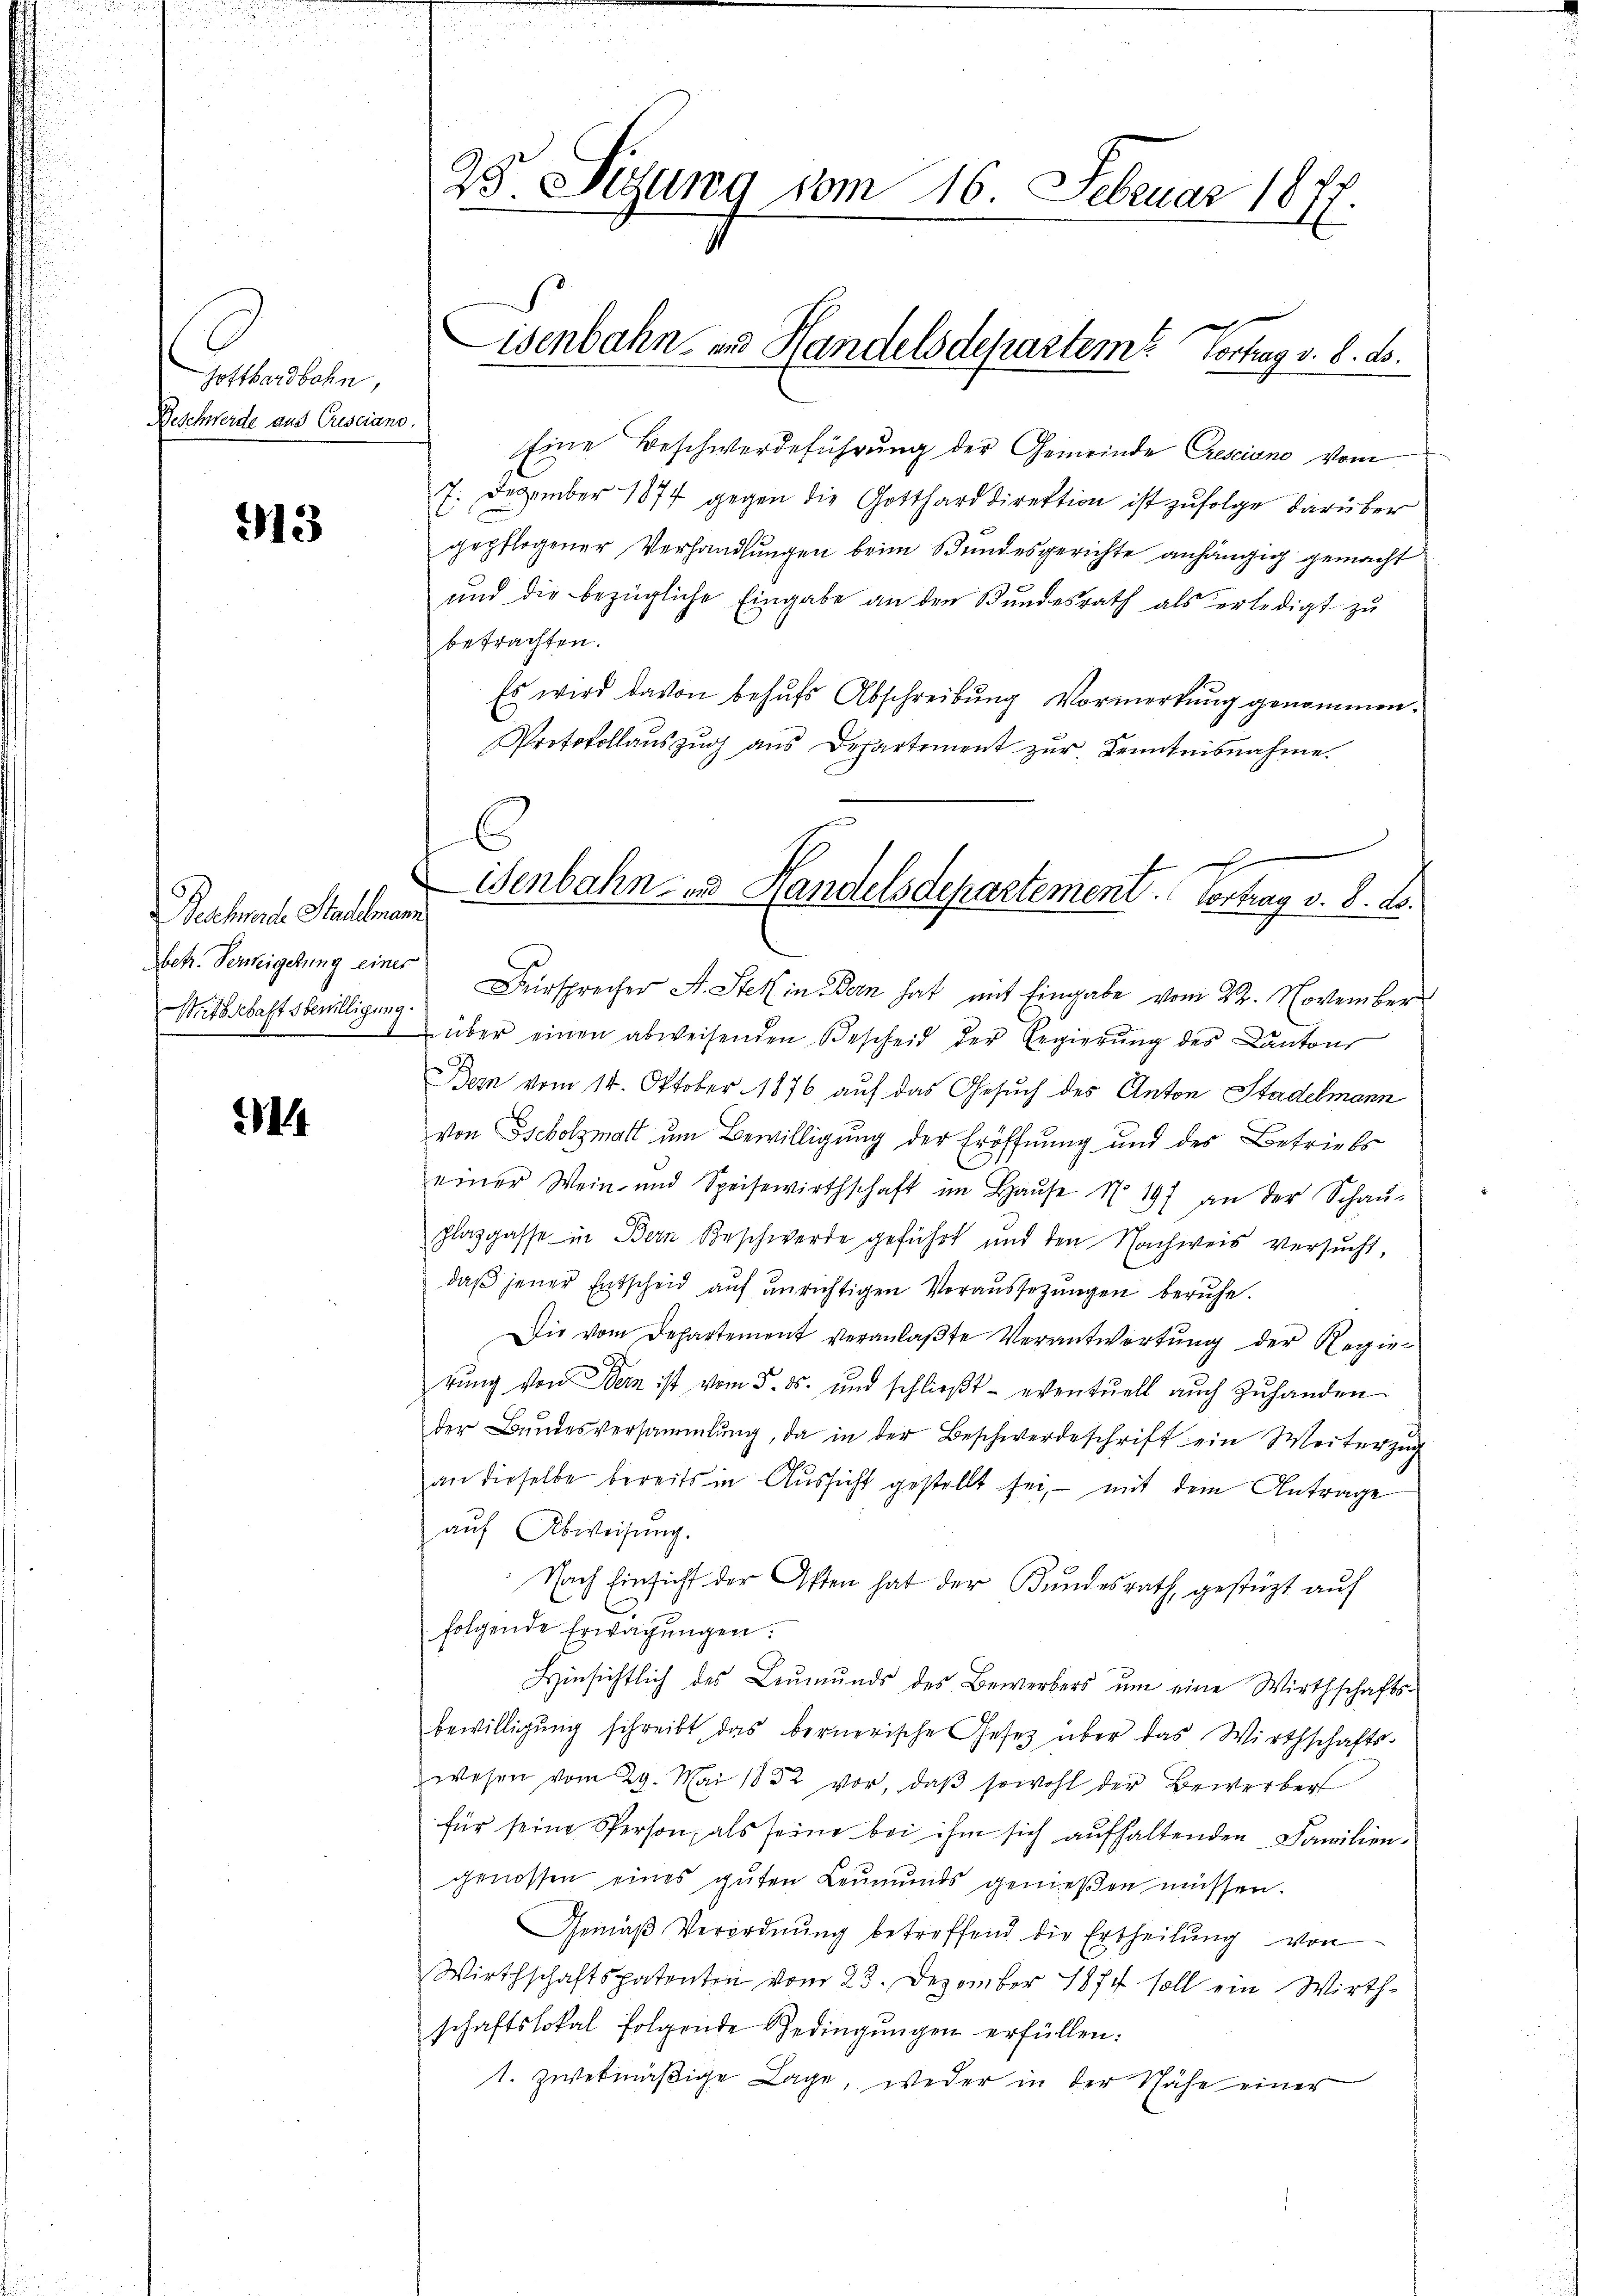
Gotthardbahn,
Geschwerde aus Gusciano.

913

Bethmade Stadelmann
betr. Verweigerung eines
Witschaftsbewilligung.

4

25. Sitzung vom 16. Februar 1877.

Eine Beschwerdeführung der Gemeinde Cresciano vom
7. Dezember 1874 gegen die Gotthard direktion ist zufolge darüber
gepflogener Verhandlungen beim Bundesgerichte anhängig gemacht
und die bezügliche Eingabe an den Bundesrath als erledigt zu
betrachten.
Es wird davon behŭfs Abschreibung Vormerkung genommen.
Protokollauszug aus Departement zur Kenntnisnahme.
Fürsprecher A. Stek in Bern hat mit Eingabe vom 22. November
 über einen abweisenden Bescheid der Regierŭng des Kantons
Bern vom 14. Oktober 1876 auf das Gesuch des Anton Stadelmann
von Tscholzmatt um Bewilligung der Eröffnung und des Betriebs
einer Wein- und Speisewirthschaft im Haŭse No. 197 an der Schaŭ-
plazgasse in Bern Beschwerde geführt und den Nachweis versucht,
daß jener Entscheid auf unrichtigen Voraussetzungen beruhe.
Die vom Departement veranlaßte Verantwortung der Regierŭng von Bern ist vom 5. ds. und schlieβt eventuell auch zŭhanden
der Bŭndesversammlung, da in der Beschwerdeschrift ein Weiterzŭg
an dieselbe bereits in Aussicht gestellt sei, – mit dem Antrage
auf Abweisung.
Nach Einsicht der Osten hat der Bundesrath, gestüzt aŭf
folgende Erwägŭngen.
Hinsichtlich des Leŭmŭnds des Bewerbers ŭm eine Wirthschafts-
bewilligŭng schreibt, das bernerische Gesetz über das Wirthschafts-
wesen vom 29. Mai 1852 vor, daβ sowohl der Bewerber
für seine Person, als seine bei ihm sich aufhaltenden Familiengenossen eines guten Leŭmŭnds genießen müssen.
Gemäß Verordnung betreffend die Ertheilung von
Wirthschaftspatenten vom 23. Dezember 1874 soll ein Wirth-
schaftslokal folgende Bedingŭngen erfüllen:
1. zwekmäβige Lage, weder in der Schähe einer

Eisenbahn- und Handelsdepartem Vortrag v. 8. ds.

E
ienbahn zu Handelsdepartement. Vortrag v. 8. d.